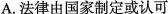
A.法律由国家制定或认可